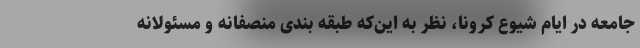
جامعه در ایام شیوع کرونا، نظر به این‌که طبقه بندی منصفانه و مسئولانه